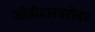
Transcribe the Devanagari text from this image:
जोडीदारबरोबर